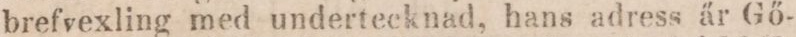
brefvexling med undertecknad, hans adress är Gő-